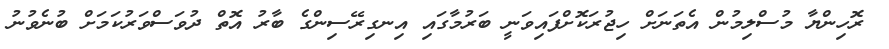
ރޮހިންޔާ މުސްލިމުން އެތަނަށް ހިޖުރަކޮށްފައިވަނީ ބަރުމާގައި އިނގިރޭސިންގެ ބާރު އޮތް ދުވަސްވަރުކަމަށް ބުނެވުނު